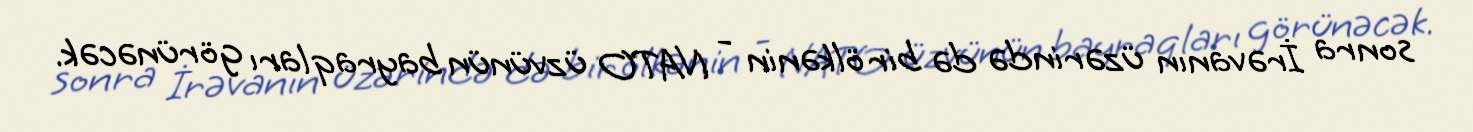
sonra İrəvanın üzərində də bir ölkənin - NATO üzvünün bayraqları görünəcək.